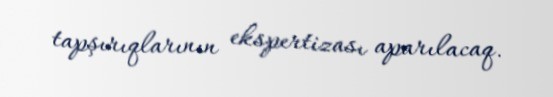
tapşırıqlarının ekspertizası aparılacaq.